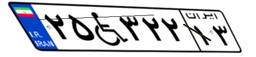
۲۵W۳۲۲۱۳